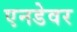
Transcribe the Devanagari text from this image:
एनडेवर